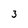
Character: 3